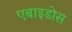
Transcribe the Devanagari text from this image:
एबाइडोस